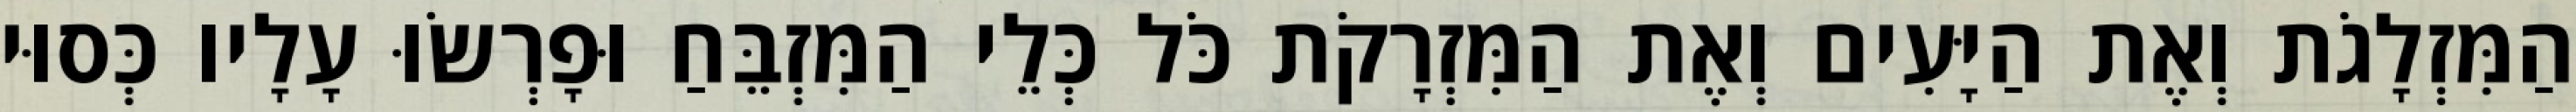
הַמִּזְלָגֹת וְאֶת הַיָּעִים וְאֶת הַמִּזְרָקֹת כֹּל כְּלֵי הַמִּזְבֵּחַ וּפָרְשׂוּ עָלָיו כְּסוּי